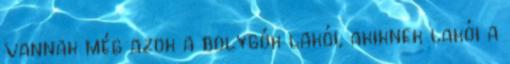
vannak még azok a bolygók lakói, akiknek lakói a